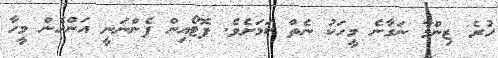
ހުރެ ޒިންމާ ނަގާނެ މީހަކު ނެތް ކަމަށެވެ. ފޮޓޯއިން ފެންނަނީ އަންހެން މީހާ